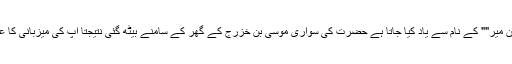
پھر اس محلّے میں جسے آج کل ""میدان میر"" کے نام سے یاد کیا جاتا ہے حضرت کی سواری موسی بن خزرج کے گھر کے سامنے بیٹھ گئی نتیجتاً آپ کی میزبانی کا عظیم شرف موسی بن خزرج کو مل گیا۔